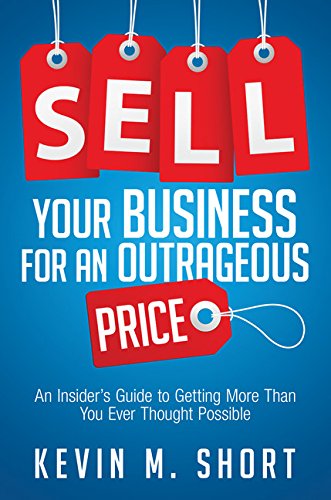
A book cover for Sell Your Business for an Outrageous Price: An Insider's Guide to Getting More Than You Ever Thought Possible; Kevin M. Short; Business & Money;